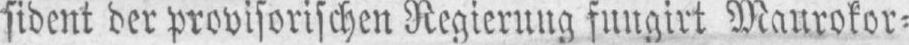
sident der provisorischen Regierung fungirt Maurokor⸗